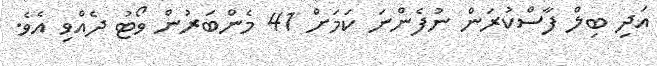
އަދި ބިލް ފާސްކުރަން ނުފެންނަ ކަމަށް 41 މެންބަރުން ވޯޓު ދެއްވި އެވެ.